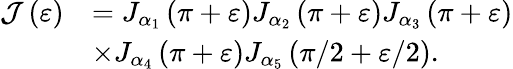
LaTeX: \begin{array}{rl}{\mathcal{J}\left(\varepsilon\right)}&{=J_{\alpha_{1}}\left(\pi+\varepsilon\right)J_{\alpha_{2}}\left(\pi+\varepsilon\right)J_{\alpha_{3}}\left(\pi+\varepsilon\right)}\\ &{\times J_{\alpha_{4}}\left(\pi+\varepsilon\right)J_{\alpha_{5}}\left(\pi/2+\varepsilon/2\right).}\end{array}